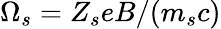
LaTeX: \Omega_{s}=Z_{s}eB/(m_{s}c)